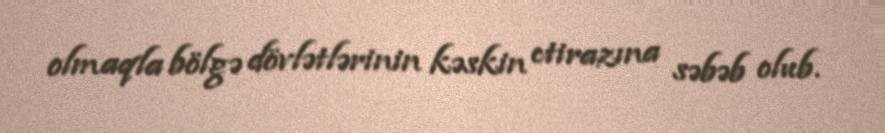
olmaqla bölgə dövlətlərinin kəskin etirazına səbəb olub.